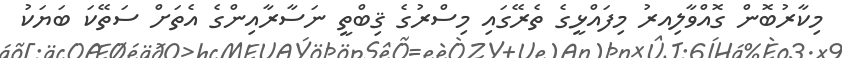
މިކާރުބޮން ގޮއްވާލިއރު މިފައްޅީގެ ތެރޭގައި މިސްރުގެ ޤިބްތީ ނަސާރާއިންގެ އެތަށް ސަތޭކަ ބަޔަކު